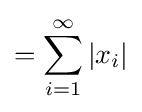
=\sum _{i=1}^{\infty }\left|x_{i}\right|